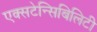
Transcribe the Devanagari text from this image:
एक्सटेन्सिबिलिटी